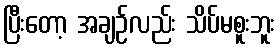
ပြီးတော့ အချဉ်လည်း သိပ်မစူးဘူး